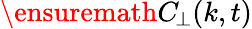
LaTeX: \ensuremath{C_{\! \! \: \perp}}(k,t)